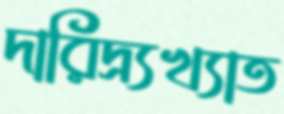
দারিদ্র্যখ্যাত